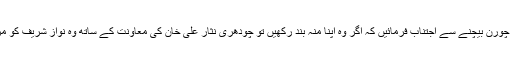
دریں اثناءاپنے سگے بھائی کو البتہ یہ چورن بیچنے سے اجتناب فرمائیں کہ اگر وہ اپنا منہ بند رکھیں تو چودھری نثار علی خان کی معاونت کے ساتھ وہ نواز شریف کو مزید ذلت و رسوائی سے بچا سکتے ہیں۔